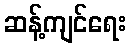
ဆန့်ကျင်ရေး